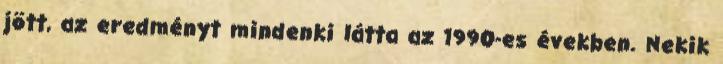
jött, az eredményt mindenki látta az 1990-es években. Nekik